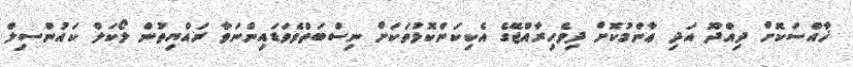
ޚާއްސަކޮށް ދިއްދޫ އަދި ޢާންމުކޮށް ދިވެހިރާއްޖޭގެ އެކިކަންކޮޅުތަކަށް ނިސްބަތްވެވަޑައިންނަވާ ރައްޔިތުން ލޯކަލް ކައުންސިލް